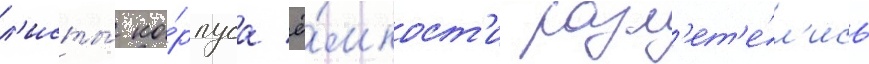
л'исты́ ко́рпуса ё́мкост'и разл'ет'е́л'ись